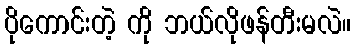
ပိုကောင်းတဲ့ ကို ဘယ်လိုဖန်တီးမလဲ။